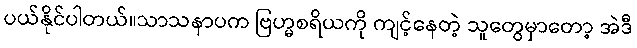
ပယ်နိုင်ပါတယ်။သာသနာပက ဗြဟ္မစရိယကို ကျင့်နေတဲ့ သူတွေမှာတော့ အဲဒီ